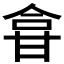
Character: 𱰖